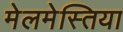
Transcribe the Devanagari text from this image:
मेलमेस्तिया